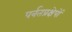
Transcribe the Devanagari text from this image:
पर्वतप्रक्षेपों